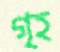
গৃহ